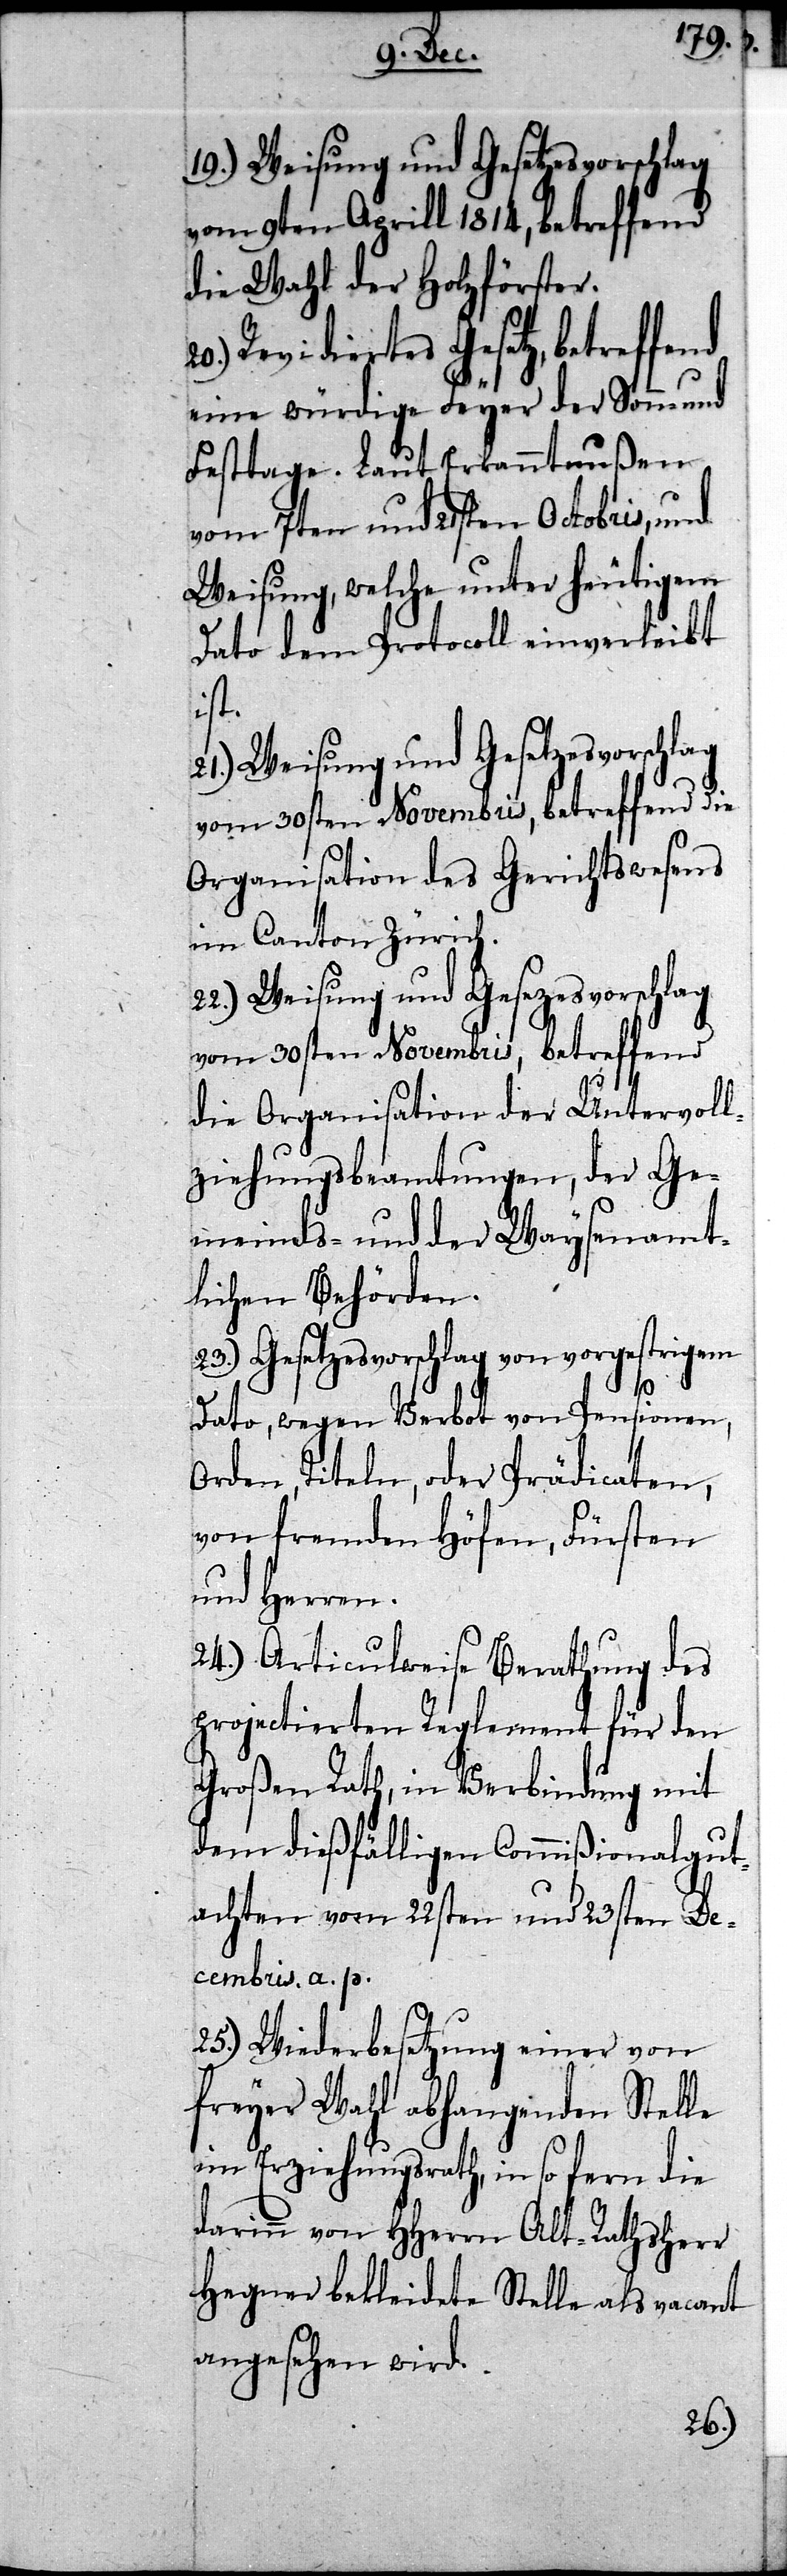
22.) Weisung und Gesezesvorschlag
vom 9ten Aprill 1814, betreffend
die Wahl der Holzförster.
Revidiertes Gesetz, betreffe¬
eine würdige Feyer der Sonn- und
Festtage. Laut Erkanntnußen
vom 7ten und 21sten Octobris, und
Weisung, welche unter heutigem
Dato dem Protocoll einverleibt
ist.
vom 30sten Novembris, betreffend die
Organisation des Gerichtswesens
im Canton Zürich.
vom 30sten Novembris, betreffend
die Organisation der Untervoll¬
ziehungsbeamtungen, der Ge¬
meinds- und der Waysenamt¬
lichen Behörden.
23.) Gesetzesvorschlag von vorgestrigem
nd
Dato, wegen Verbot von Pensionen,
Orden, Titeln, oder Prädicaten,
von fremden Höfen, Fürsten
und Herren.
24.) Articulweise Berathung des
projectierten Reglement für den
Großen Rath, in Verbindung mit
dem dießfälligen Commißionalgut¬
achten vom 22sten und 23sten De¬
cembris. a. p.
25.) Wiederbesetzung einer von
freyer Wahl abhangenden Stelle
im Erziehungsrath, in so fern die
darin von HHerrn Alt-Rathsherr
Hegner bekleidete Stelle als vacant
angesehen wird.
20.)